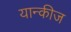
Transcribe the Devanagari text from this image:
यान्कीज